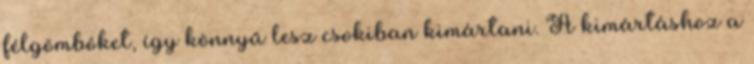
félgömböket, így könnyű lesz csokiban kimártani. A kimártáshoz a